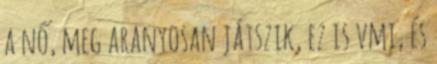
a nő, meg aranyosan játszik, ez is vmi, és